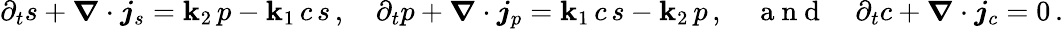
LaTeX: \partial_{t}s+\boldsymbol\nabla\cdot\boldsymbol{j}_{s}=\mathbf{k}_{2}\, p-\mathbf{k}_{1}\, c\, s\, ,\quad\partial_{t}p+\boldsymbol\nabla\cdot\boldsymbol{j}_{p}=\mathbf{k}_{1}\, c\, s-\mathbf{k}_{2}\, p\, ,\quad\mathrm{{~a~n~d~}}\quad\partial_{t}c+\boldsymbol\nabla\cdot\boldsymbol{j}_{c}=0\, .